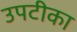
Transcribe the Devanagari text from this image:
उपटीका